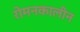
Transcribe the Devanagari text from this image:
रोमनकालीन